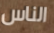
الناس